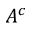
A ^ { c }